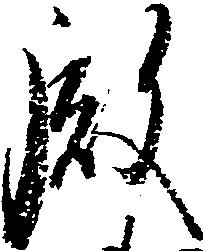
殿